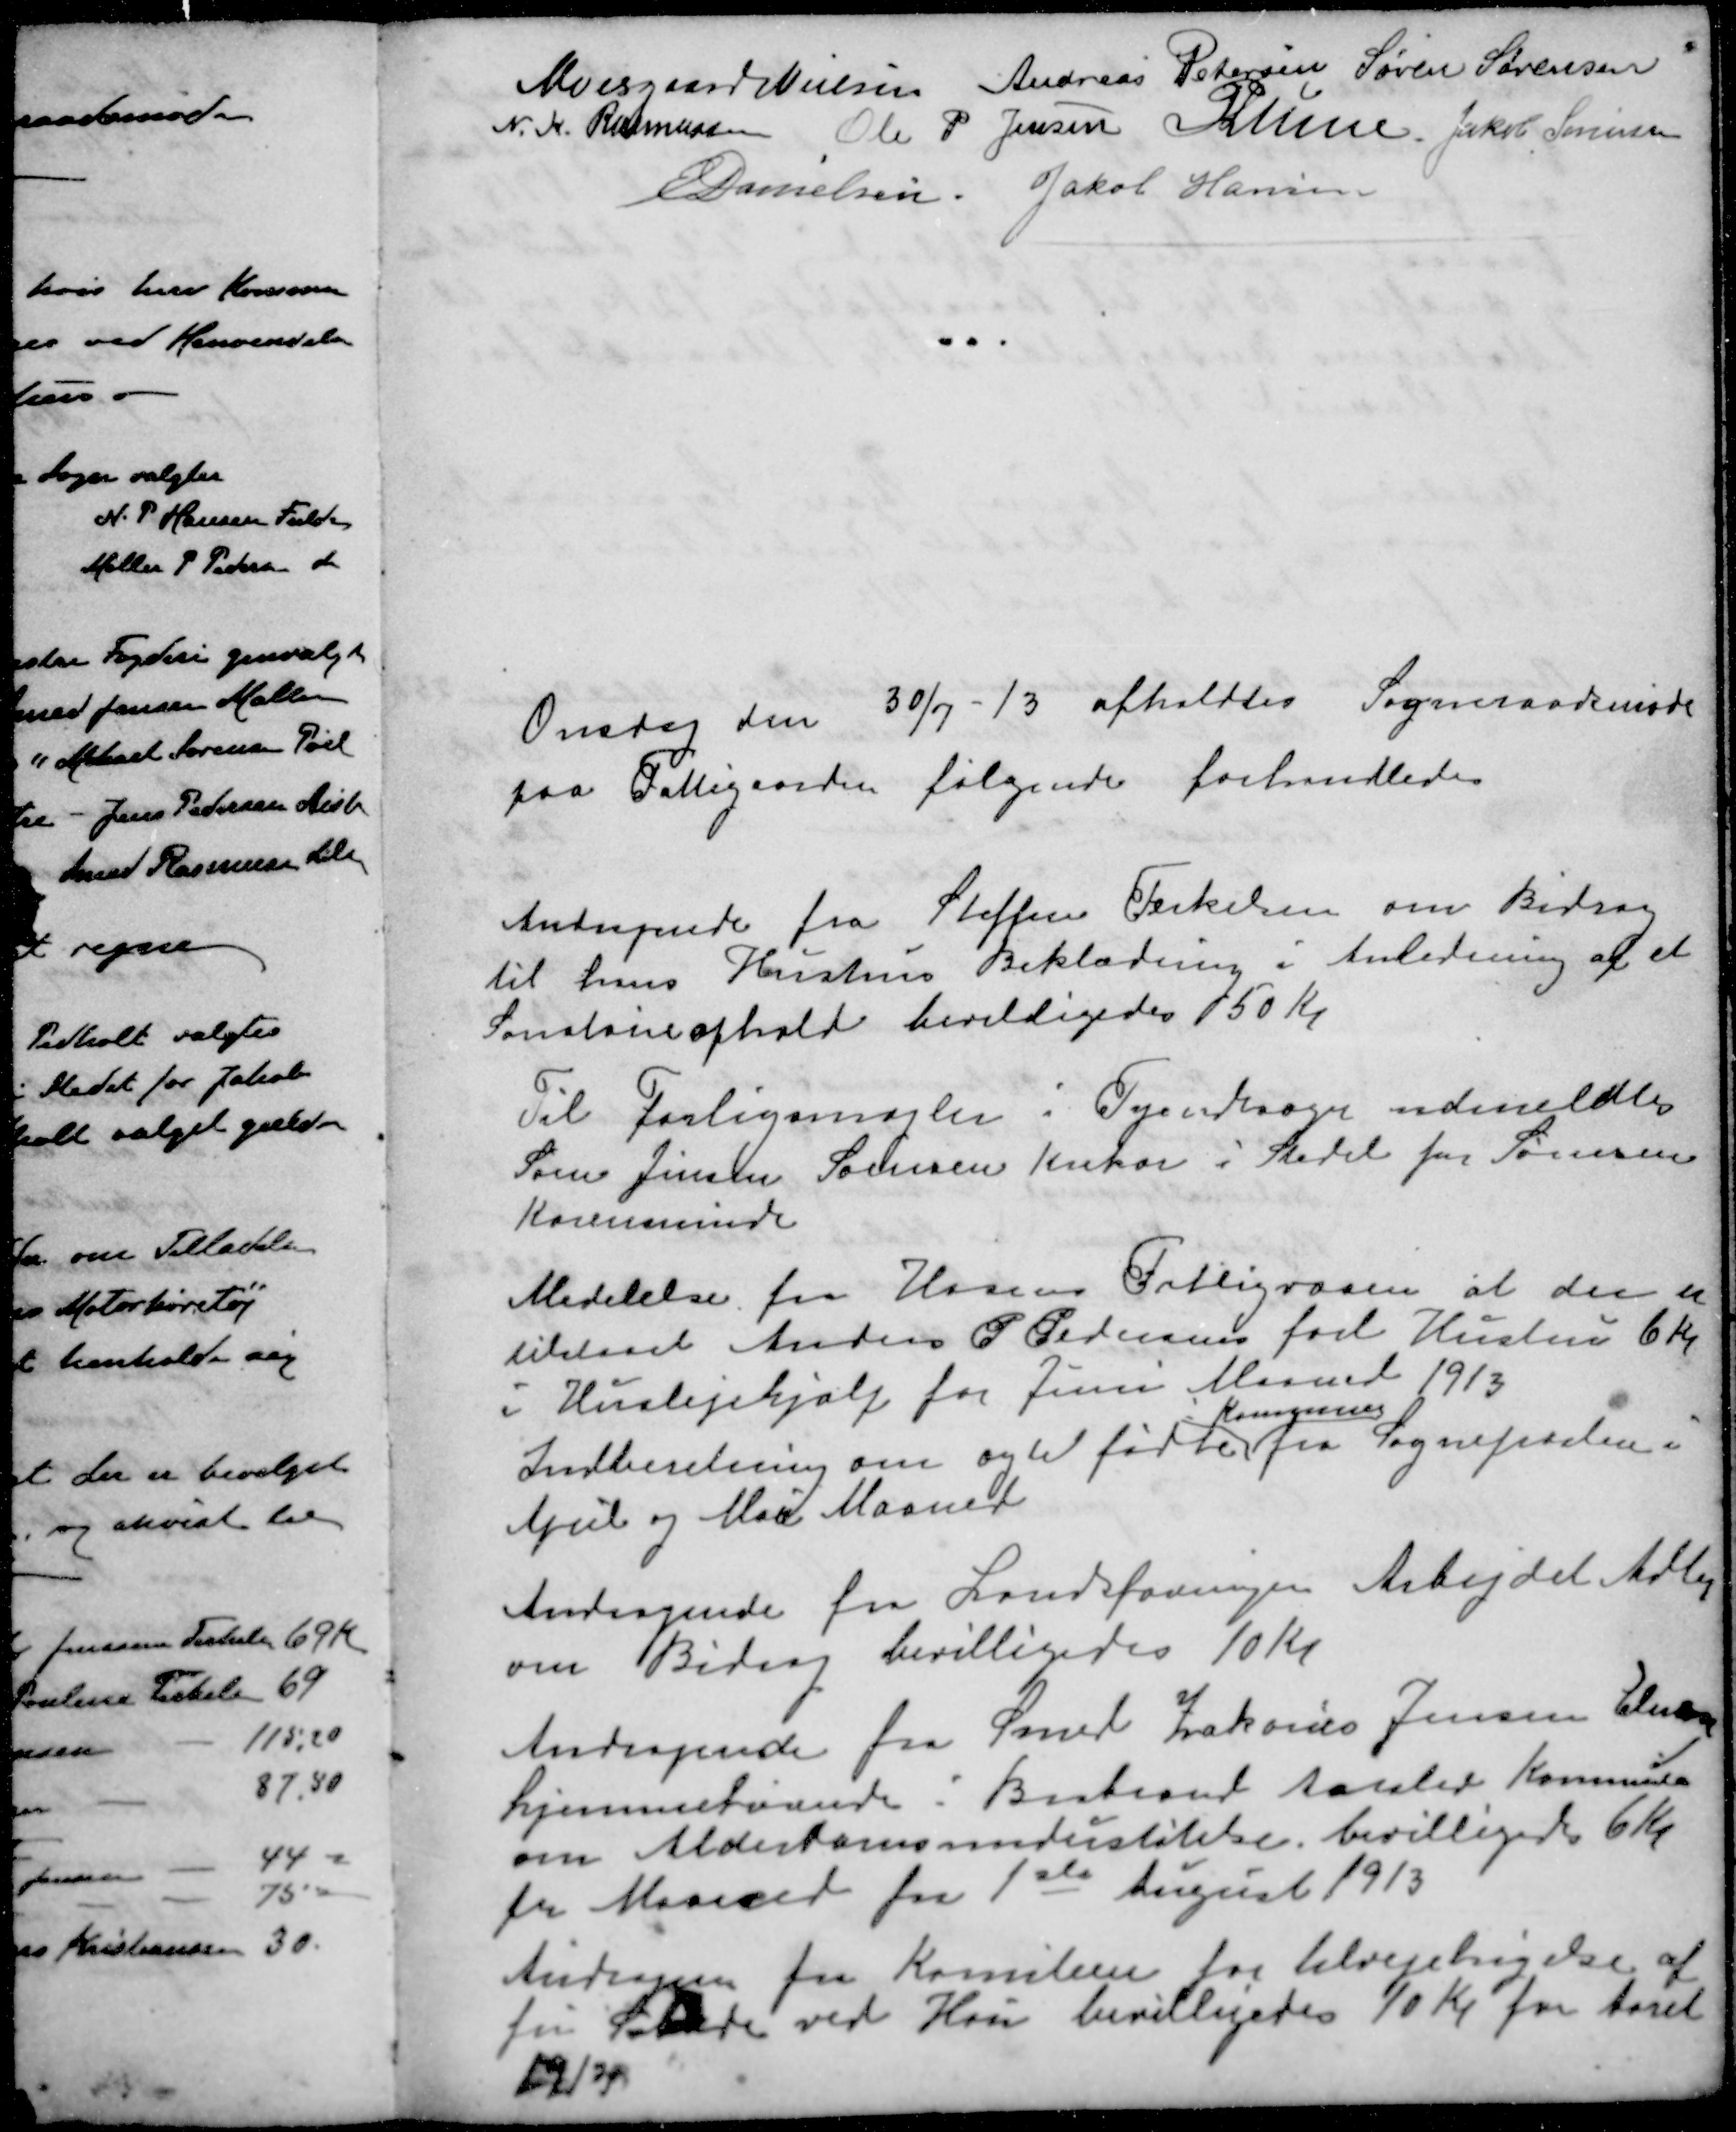
Transskription:
Moesgaard Nielsen
Andreas Petersen
Søren Sørensen
N. K. Rasmussen
Ole P Jensen
P Lunn
Jakob Sørensen
E Danielsen
Jakob Hansen
Onsdag den 30/7 - 13 afholdtes Sogneraadsmøde
paa Fattigaarden følgende forhandledes
Andragende fra Steffen Therkelsen om Bidrag
til hans Hustrus Beklædning i Anledning af et
Sanatorie ophold bevilligedes 50 Kr.
Til Forligsmægler i Tyendesager udmeldtes
Søren Jensen Sørensen Krekær i Stedet for Sørensen
Karensminde
Medelelse fra Hosens Fattigvæsen at der er
tilstaaet Anders P Pedersens for Hustru 6 Kr.
i Huslejehjælp for Juni Maaned 1913
i Kommunen
Indberetning om ægtefødte fra Sognepræsten i
April og Mai Maaned
Andragende fra Landsforingen Arbejdet Adler
om Bidrag bevilligedes 10 Kr.
Andragende fra Smed Zakarias Jensen Elmose
hjemmehørende i Brabrand Aarslev Kommune
om Alderdomsunderstøttelse, bevilligedes 6 Kr.
pr Maaned fra 1ste August 1913
Andragen fra Komiteen for tilvejebrigelse af 
fri  ved Hou bevilligedes 10 Kr. for Aaret
1913